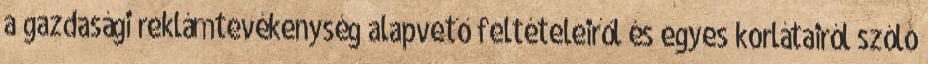
a gazdasági reklámtevékenység alapvető feltételeiről és egyes korlátairól szóló